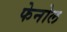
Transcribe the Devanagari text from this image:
फेनोल